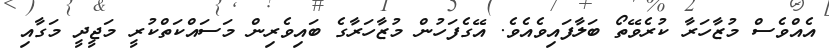
އެއްވެސް މުޒާހަރާ ކުރެވޭތޯ ބަލާފައިވެއެވެ. އޭގެފަހުން މުޒާހަރާގެ ބައިވެރިން މަސައްކަތްކުރީ މަޖީދީ މަގާއި